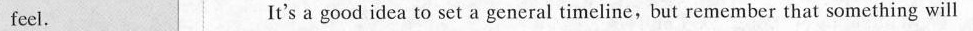
feel. It's a good idea to set a general timeline, but remember that something will